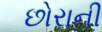
છોરાની